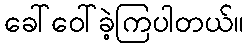
ခေါ်ဝေါ်ခဲ့ကြပါတယ်။